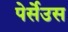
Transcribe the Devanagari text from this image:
पेर्सेउस